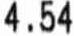
4.54